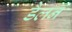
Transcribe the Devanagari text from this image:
डैलन